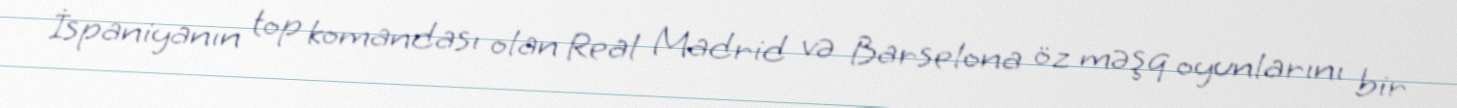
İspaniyanın top komandası olan Real Madrid və Barselona öz məşq oyunlarını bir